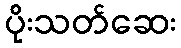
ပိုးသတ်ဆေး